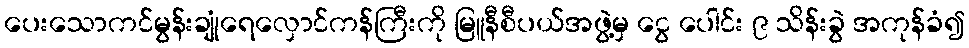
ပေးသောကင်မွန်းချုံရေလှောင်ကန်ကြီးကို မြူနီစီပယ်အဖွဲ့မှ ငွေ ပေါင်း ၉ သိန်းခွဲ အကုန်ခံ၍